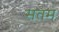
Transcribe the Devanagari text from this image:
सतम